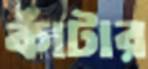
কাঁটার